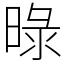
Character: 㫽